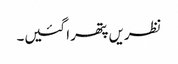
نظریں پتھرا گئیں۔